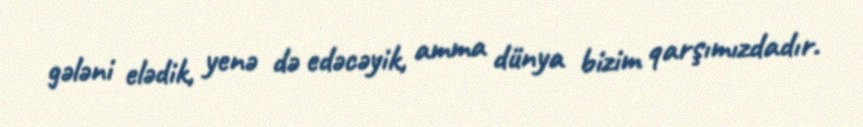
gələni elədik, yenə də edəcəyik, amma dünya bizim qarşımızdadır.